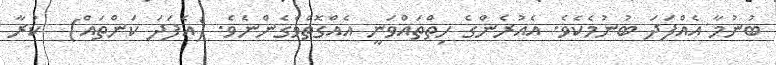
ބުނުމާ އެއްފަދަ ބުނުމެކެވެ. އެއުރެންގެ ހިތްތައްވަނީ އެއްގޮތްވެގެންނެވެ. (އެފަދަ ކަންތައް)  ކުރާ